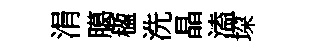
涓臈楹洗晶溘垜